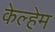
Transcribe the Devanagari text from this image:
केल्हेम